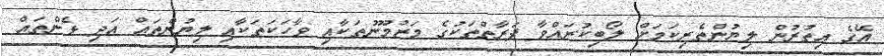
އޭގެ އިތުރުން ލިޔުންތެރިކަމަށް ލޯބިކުރައްވާ ފަރާތްތަކުގެ މަޒުމޫނުތަކާއި ވާހަކަތަކާއި ލިޔުންތައް އަދި ޅެންތައް